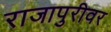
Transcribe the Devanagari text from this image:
राजापुरीवर